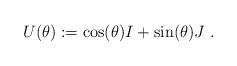
LaTeX: \begin{align*}U(\theta) := \cos(\theta)I + \sin(\theta)J ~.\end{align*}